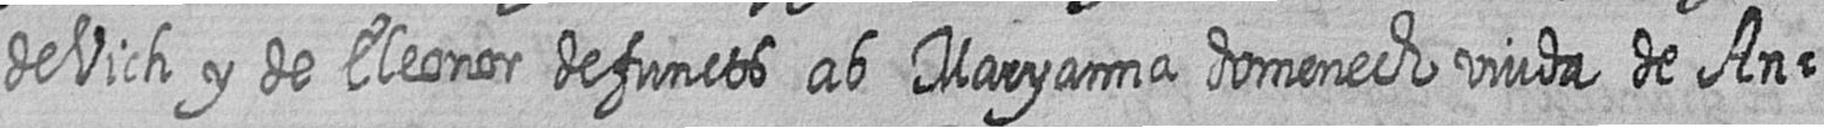
de Vich y de Eleonor defuncts ab Maryanna domenech viuda de An=